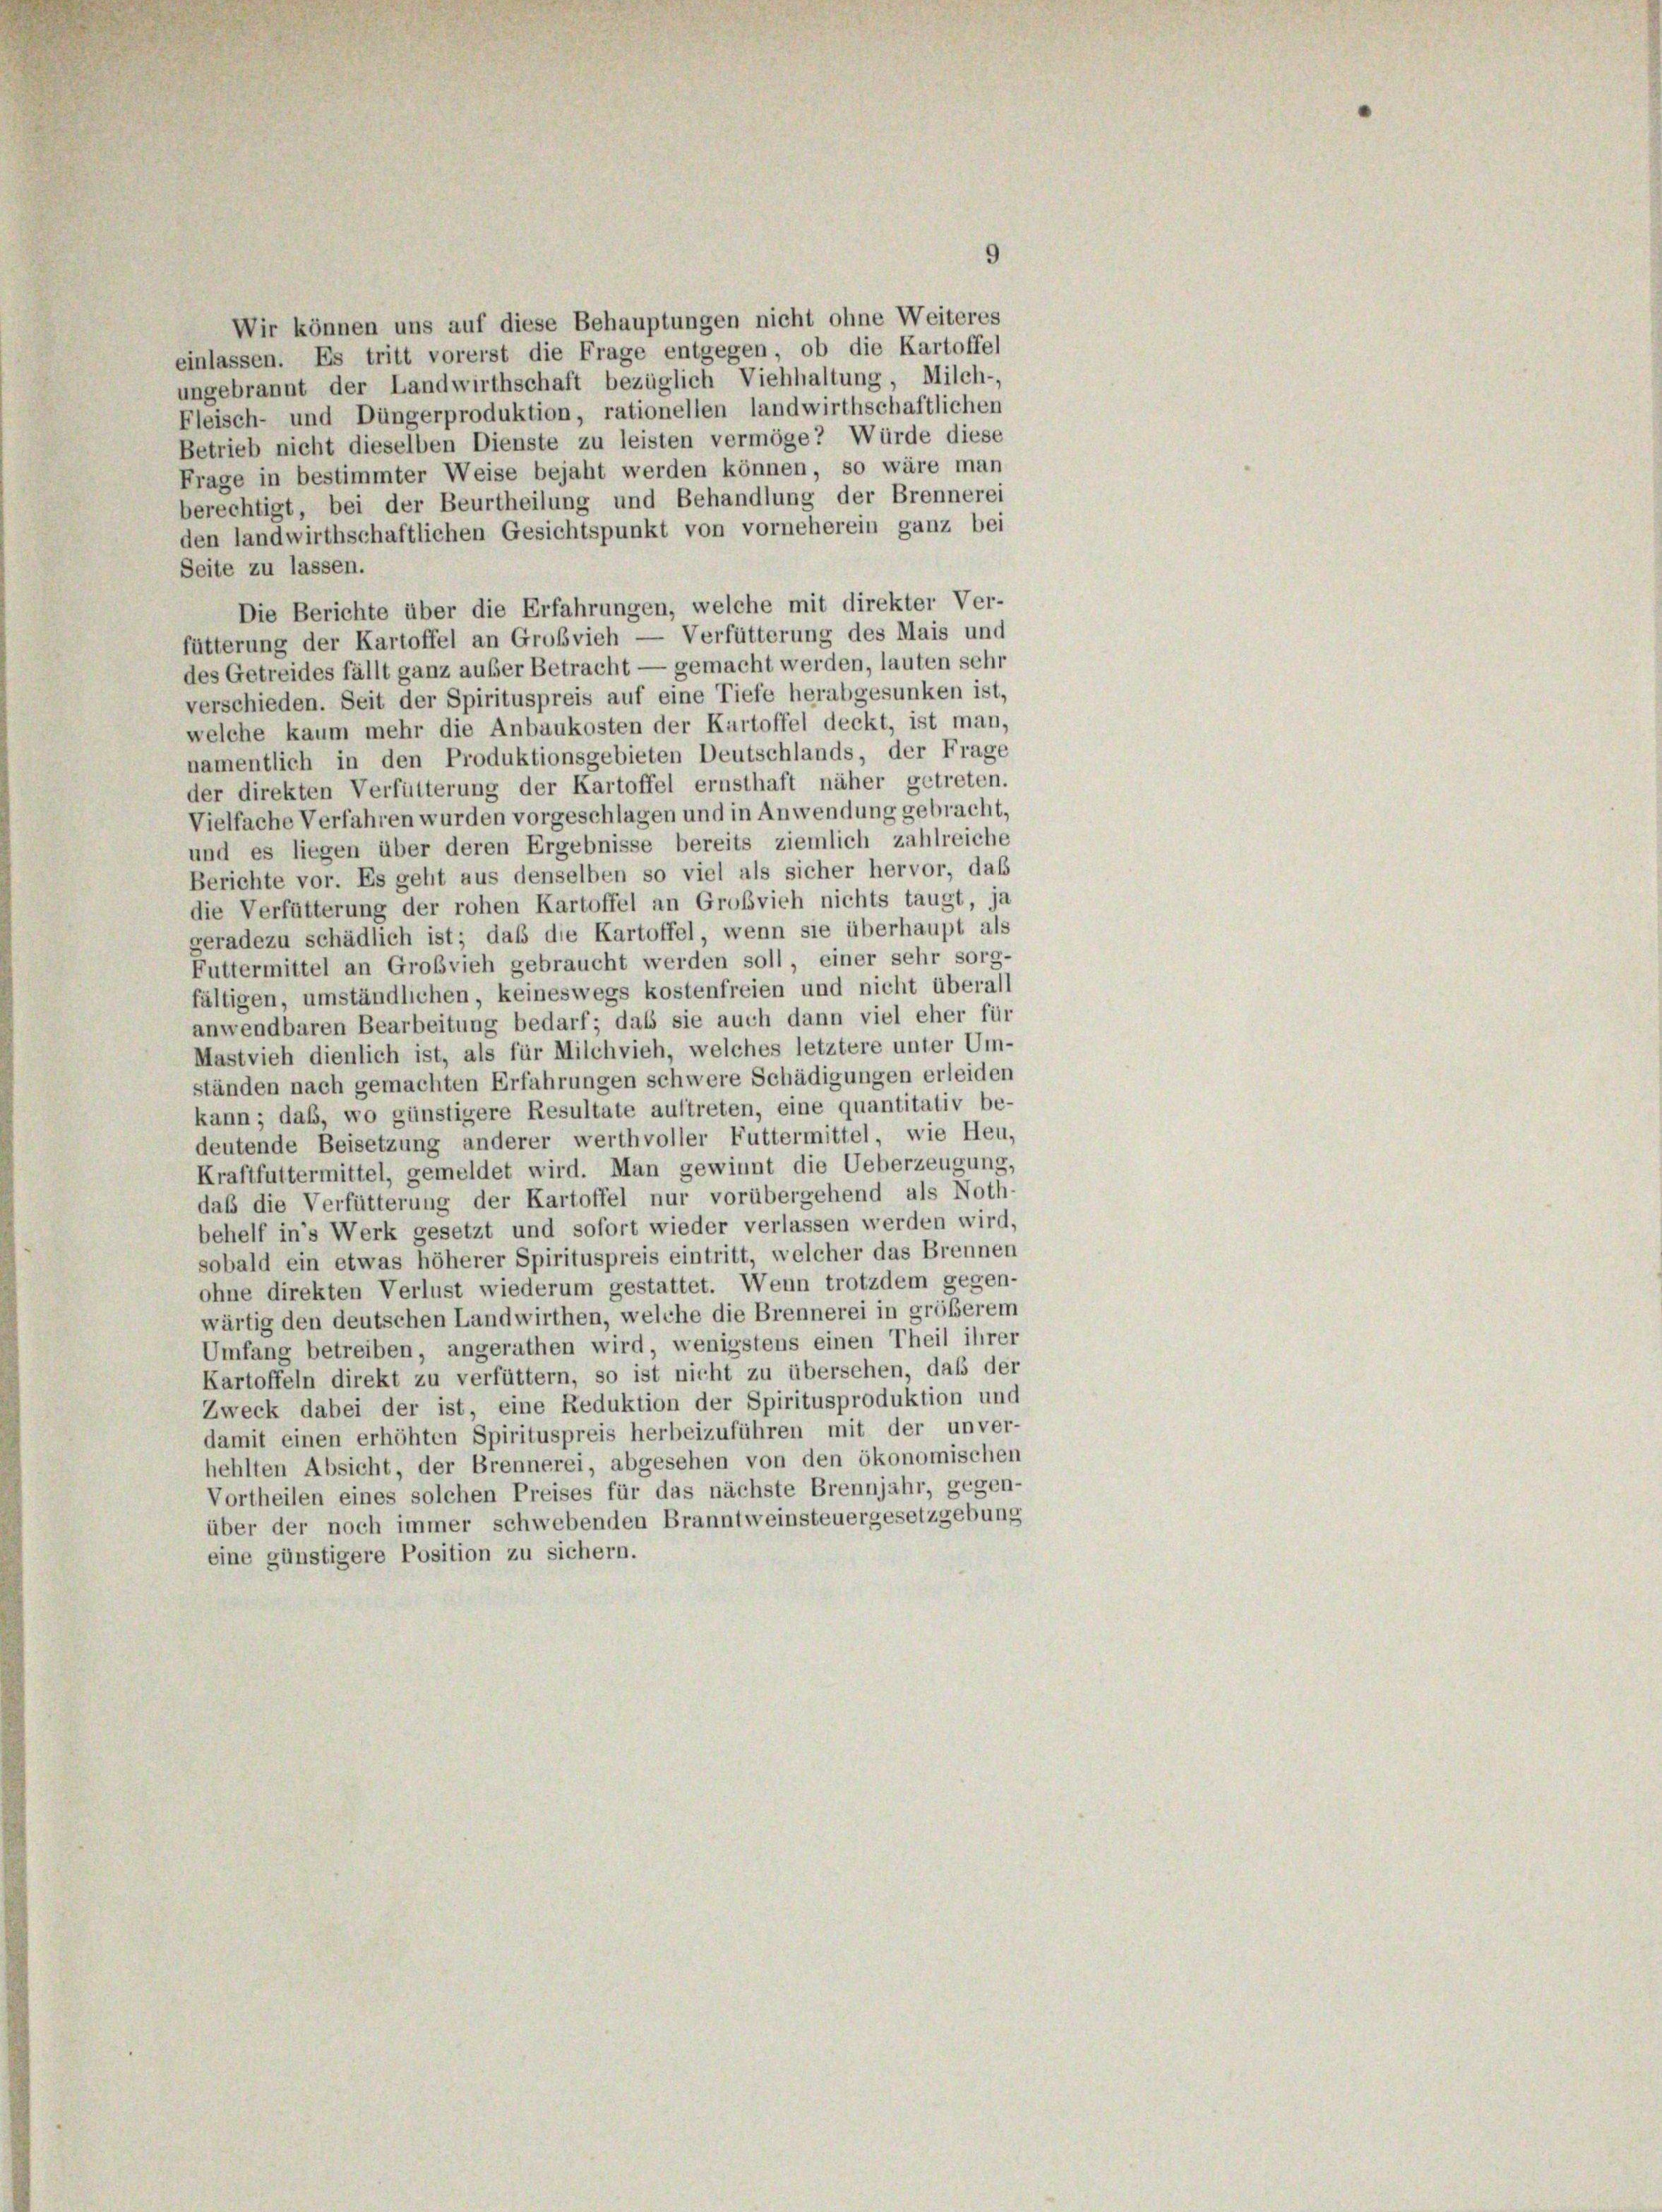
9
Wir können uns auf diese Behauptungen nicht ohne Weiteres
einlassen. Es tritt vorerst die Frage entgegen, ob die Kartoffel
ungebrannt der Landwirthschaft bezüglich Viehhaltung, Milch-
Fleisch- und Düngerproduktion, rationellen landwirthschaftlichen
Betrieb nicht dieselben Dienste zu leisten vermöge? Würde diese
Frage in bestimmter Weise bejaht werden können, so wäre man
berechtigt, bei der Beurtheilung und Behandlung der Brennerei
den landwirthschaftlichen Gesichtspunkt von vorneherein ganz bei
Seite zu lassen.
Die Berichte über die Erfahrungen, welche mit direkter Ver-
fütterung der Kartoffel an Großvieh — Verfütterung des Mais und
des Getreides fällt ganz außer Betracht — gemacht werden, lauten sehr
verschieden. Seit der Spirituspreis auf eine Tiefe herabgesunken ist,
welche kaum mehr die Anbaukosten der Kartoffel deckt, ist man,
namentlich in den Produktionsgebieten Deutschlands, der Frage
der direkten Verfütterung der Kartoffel ernsthaft näher getreten.
Vielfache Verfahren wurden vorgeschlagen und in Anwendung gebracht,
und es liegen über deren Ergebnisse bereits ziemlich zahlreiche
Berichte vor. Es geht aus denselben so viel als sicher hervor, daß
die Verfütterung der rohen Kartoffel an Großvieh nichts taugt, ja
geradezu schädlich ist; daß die Kartoffel, wenn sie überhaupt als
Futtermittel an Großvieh gebraucht werden soll einer sehr sorg-
fältigen, umständlichen, keineswegs kostenfreien und nicht überall
anwendbaren Bearbeitung bedarf; das sie auch dann viel eher für
Mastvieh dienlich ist, als für Milchvieh, welches letztere unter Um-
ständen nach gemachten Erfahrungen schwere Schädigungen erleiden
kann; daß, wo günstigere Resultate auftreten, eine quantitativ be-
deutende Beisetzung anderer werthvoller Futtermittel, wie Heu,
Kraftfuttermittel, gemeldet wird. Man gewinnt die Ueberzeugung,
daß die Verfütterung der Kartoffel nur vorübergehend als Noth-
behelf in’s Werk gesetzt und sofort wieder verlassen werden wird,
sobald ein etwas höherer Spirituspreis eintritt, welcher das Brennen
ohne direkten Verlust wiederum gestattet. Wenn trotzdem gegen-
wärtig den deutschen Landwirthen, welche die Brennerei in größerem
Umfang betreiben, angerathen wird, wenigstens einen Theil ihrer
Kartoffeln direkt zu verfüttern, so ist nicht zu übersehen, daß der
Zweck dabei der ist, eine Reduktion der Spiritusproduktion und
damit einen erhöhten Spirituspreis herbeizuführen mit der unver-
hehlten Absicht, der Brennerei, abgesehen von den ökonomischen
Vortheilen eines solchen Preises für das nächste Brennjahr, gegen-
über der noch immer schwebenden Branntweinsteuergesetzgebung
eine günstigere Position zu sichern.